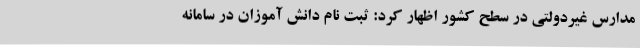
مدارس غیردولتی در سطح کشور اظهار کرد: ثبت نام دانش آموزان در سامانه